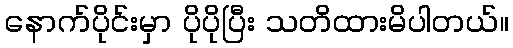
နောက်ပိုင်းမှာ ပိုပိုပြီး သတိထားမိပါတယ်။